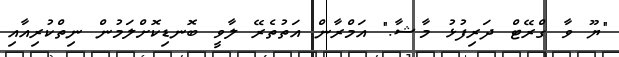
"ޔޫ ވާ ގްރޭޓް ދަރިފުޅު މާޝާ." އަމްރާން އަތުތެރޭ ލާވީ ބޮނޑިކޮށްލަމުން ނިތްކުރިއާއި